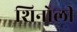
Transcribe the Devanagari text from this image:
शिनोली